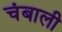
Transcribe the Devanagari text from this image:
चंबाली